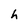
Character: h